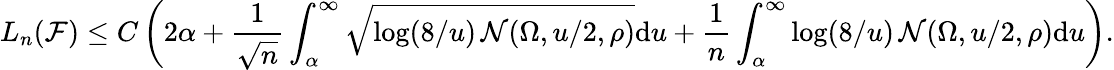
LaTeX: L_{n}(\mathcal F)\leq C\left(2\alpha+\frac{1}{\sqrt{n}}\int_{\alpha}^{\infty}\sqrt{\log({8}/{u})\, \mathcal{N}(\Omega,{u}/{2},\rho)}\mathrm{d}u+\frac{1}{{n}}\int_{\alpha}^{\infty}\log({8}/{u})\, \mathcal{N}(\Omega,{u}/{2},\rho)\mathrm{d}u\right).